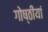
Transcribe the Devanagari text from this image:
गोष्ठीयां